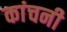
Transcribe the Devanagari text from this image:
कांचनी